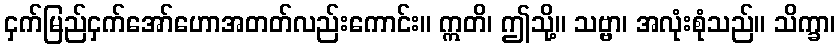
ငှက်မြည်ငှက်အော်ဟောအတတ်လည်းကောင်း။ ဣတိ၊ ဤသို့။ သဗ္ဗာ၊ အလုံးစုံသည်။ သိက္ခာ၊